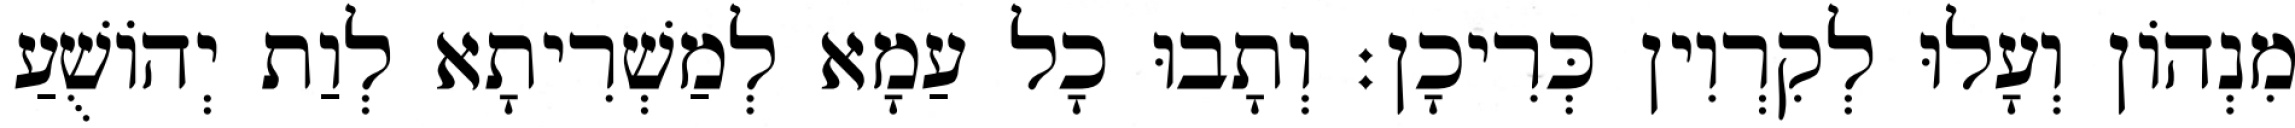
מִנְהוֹן וְעָלוּ לְקִרְוִין כְּרִיכָן׃ וְתָבוּ כָל עַמָא לְמַשְׁרִיתָא לְוַת יְהוֹשֻׁעַ